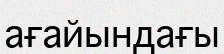
ағайындағы